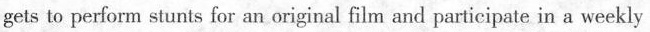
gets to perform stunts for an original film and participate in a weekly